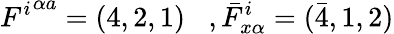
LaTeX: {F^{i}}^{\alpha a}=(4,2,1)\, \, \, \, \, ,{\bar{F}}_{x\alpha}^{i}=(\bar{4},1,2)